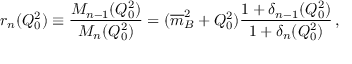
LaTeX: r _ { n } ( Q _ { 0 } ^ { 2 } ) \equiv { \frac { M _ { n - 1 } ( Q _ { 0 } ^ { 2 } ) } { M _ { n } ( Q _ { 0 } ^ { 2 } ) } } = ( { \overline { { m } } } _ { B } ^ { 2 } + Q _ { 0 } ^ { 2 } ) { \frac { 1 + \delta _ { n - 1 } ( Q _ { 0 } ^ { 2 } ) } { 1 + \delta _ { n } ( Q _ { 0 } ^ { 2 } ) } } \, ,